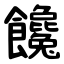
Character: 饞